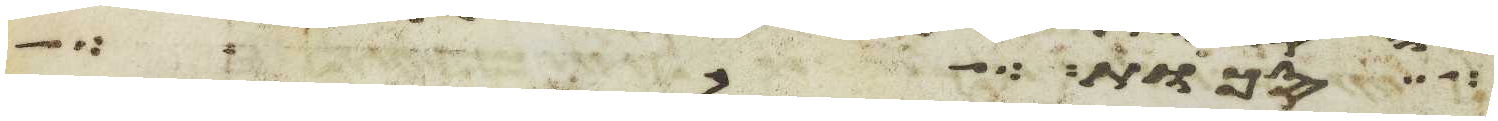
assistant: סכות על